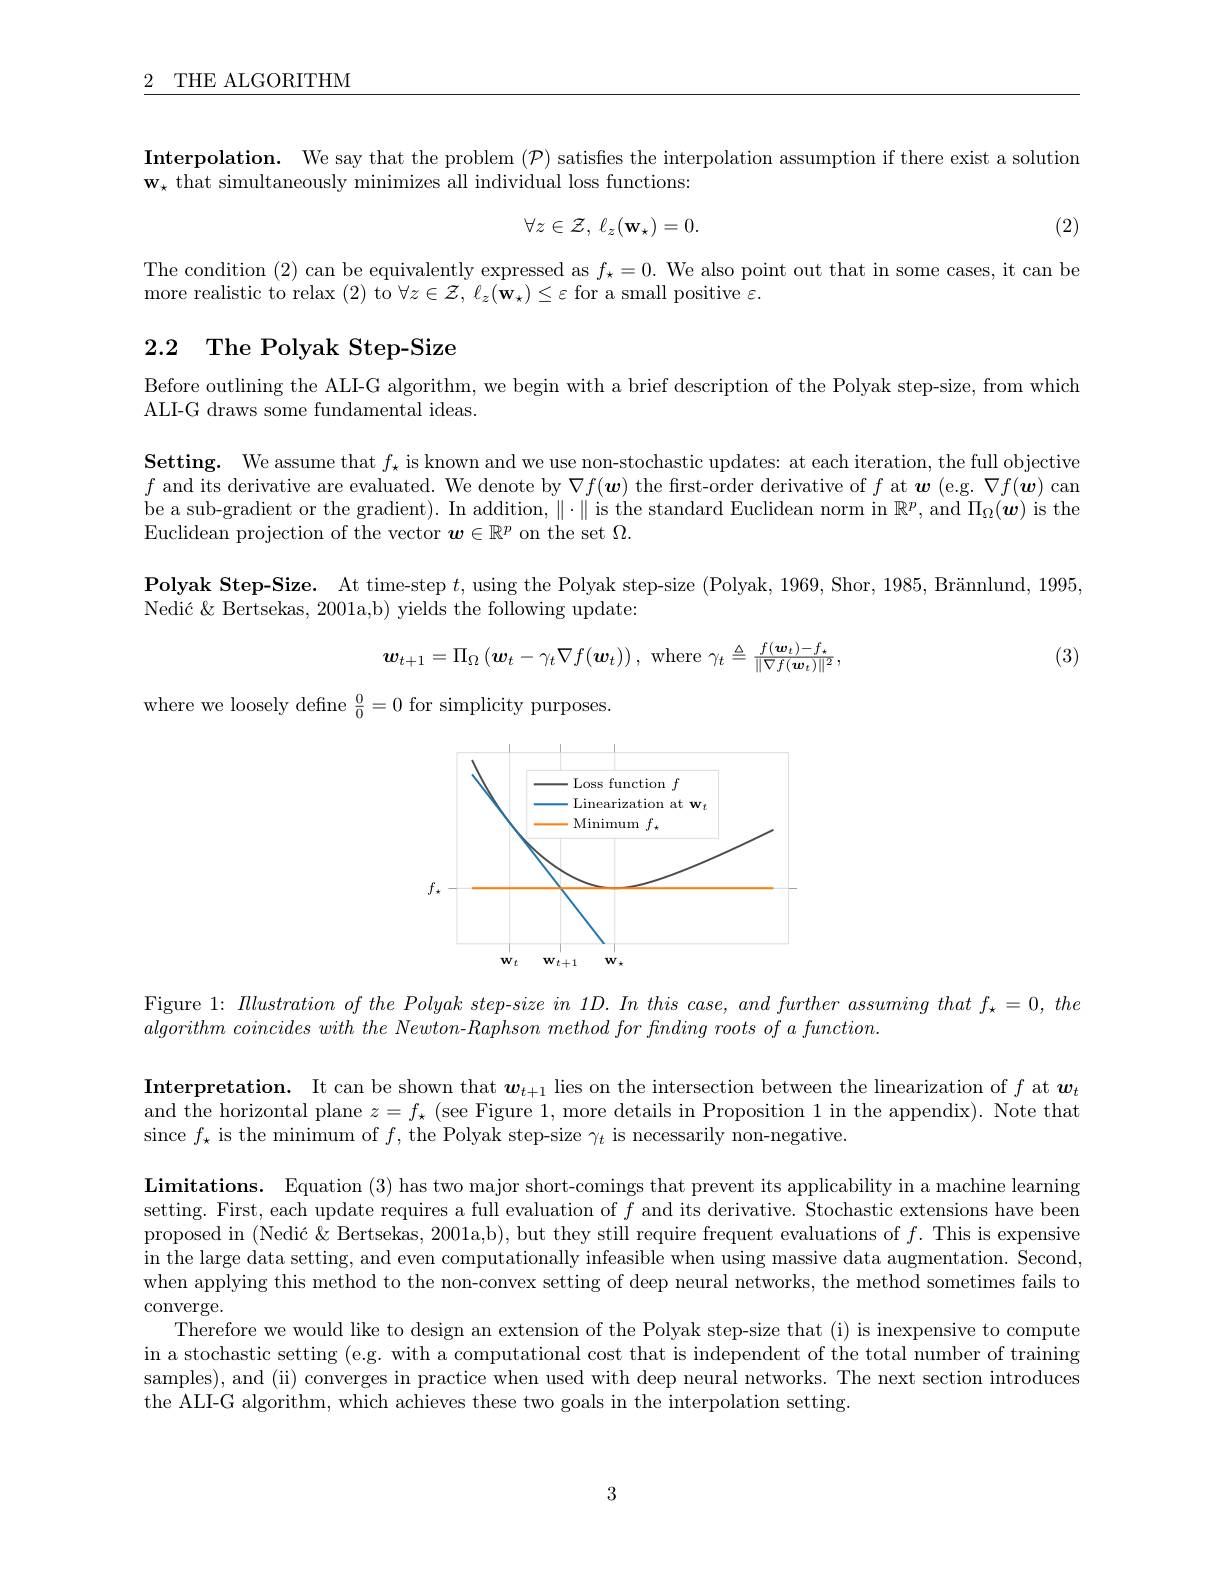
$\underline{2\:\mathrm{THE~ALGORITHM}}$

Interpolation. We say that the problem $(\mathcal{P})$ satisfies the interpolation assumption if there exist a solution
$\mathbf{w}_{\star}$ that simultaneously minimizes all individual loss functions:
$$\forall z\in\mathcal{Z},\:\ell_{z}(\mathbf{w}_{\star})=0.$$
(2)

The condition (2) can be equivalently expressed as $f_\star=0.$ We also point out that in some cases, it can be
more realistic to relax (2) to $\forall z\in\mathcal{Z},\ell_z(\mathbf{w}_\star)\leq\varepsilon$ for a small positive $\varepsilon.$

# 2.2 The Polyak Step-Size

Before outlining the ALI-G algorithm, we begin with a brief description of the Polyak step-size, from which
ALI-G draws some fundamental ideas.

$\textbf{Setting. We assume that }f_{\star }$ is known and we use non-stochastic updates: at each iteration, the full objective $f$ and its derivative are evaluated. We denote by $\nabla f(\boldsymbol{w})$ the frst-order derivative of $f$ at $\boldsymbol w$ (e.g. $\nabla f(\boldsymbol{w})$ can be a sub-gradient or the gradient). In addition, $\|\cdot\|$ is the standard Euclidean norm in $\mathbb{R}^p$, and $\Pi_\Omega(\boldsymbol{w})$ is the Euclidean projection of the vector $\boldsymbol w\in\mathbb{R}^p$ on the set $\Omega.$

$\textbf{Polyak Step- Size. At time- step }t$, using the Polyak step-size (Polyak, 1969, Shor, 1985, Brännlund, 1995,

Nedić $\&$ Bertsekas, 2001a,b) yields the following update:
$$\boldsymbol{w}_{t+1}=\Pi_{\Omega}\left(\boldsymbol{w}_{t}-\gamma_{t}\nabla f(\boldsymbol{w}_{t})\right),\:\mathrm{where}\:\gamma_{t}\triangleq\frac{f(\boldsymbol{w}_{t})-f_{\star}}{\|\nabla f(\boldsymbol{w}_{t})\|^{2}},$$
(3)

where we loosely define $\frac00=0$ for simplicity purposes.

<FigureHere>

Figure 1: $\textit{Illustration of the Polyak step-size in 1D. In this case, and further assuming that f}_{\star}=0,the$
$algorithm~coincides~with~the~Newton-Raphson~method~for~finding~roots~of~a~function.$

Interpretation. It can be shown that $\boldsymbol w_{t+1}$ lies on the intersection between the linearization of $f$ at $\boldsymbol w_t$ and the horizontal plane $z=f_\star$ (see Figure 1,more details in Proposition 1 in the appendix). Note that since $f_\star$ is the minimum of $f$, the Polyak step-size $\gamma_t$ is necessarily non-negative.

$\textbf{Limitations. Equation }( 3)$ has two major short-comings that prevent its applicability in a machine learning setting. First, each update requires a full evaluation of $f$ and its derivative. Stochastic extensions have been proposed in (Nedić $\&$ Bertsekas, 2001a,b), but they still require frequent evaluations of $f.$ This is expensive in the large data setting, and even computationally infeasible when using massive data augmentation. Second, when applying this method to the non-convex setting of deep neural networks, the method sometimes fails to converge.
Therefore we would like to design an extension of the Polyak step-size that (i) is inexpensive to compute in a stochastic setting (e.g. with a computational cost that is independent of the total number of training samples), and (ii) converges in practice when used with deep neural networks. The next section introduces the ALI-G algorithm, which achieves these two goals in the interpolation setting.

3